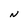
Character: N